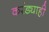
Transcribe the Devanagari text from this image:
करंड्याही